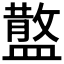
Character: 𥂪